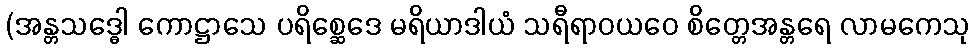
(အန္တသဒ္ဓေါ ကောဋ္ဌာသေ ပရိစ္ဆေဒေ မရိယာဒါယံ သရီရာဝယဝေ စိတ္တေအန္တရေ လာမကေသု